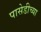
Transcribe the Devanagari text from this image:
पासेडीच्या